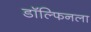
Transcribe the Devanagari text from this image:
डॉल्फिनला